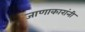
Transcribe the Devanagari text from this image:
जाणाकारांनी